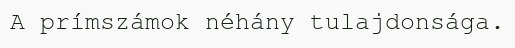
A prímszámok néhány tulajdonsága.